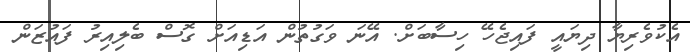
އެކުވެރިޔާ ދިޔައީ ފައިޖެހޭ ހިސާބަށް. އޭނަ ވަގުތުން އަޑިއަށް ގޮސް ބެލިއިރު ފައުޒަން